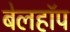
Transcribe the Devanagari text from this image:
बेलहॉप